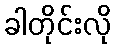
ခါတိုင်းလို